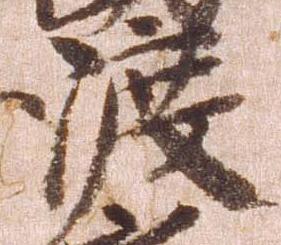
渡